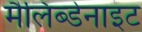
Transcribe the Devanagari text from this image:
मैलिब्डेनाइट